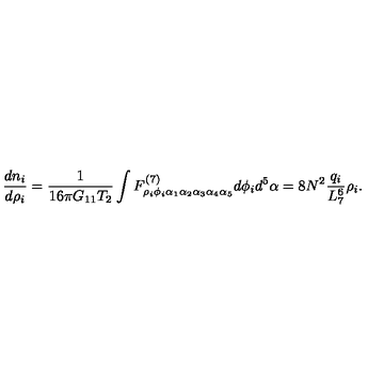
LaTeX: \frac { d n _ { i } } { d \rho _ { i } } = \frac { 1 } { 1 6 \pi G _ { 1 1 } T _ { 2 } } \int F _ { \rho _ { i } \phi _ { i } \alpha _ { 1 } \alpha _ { 2 } \alpha _ { 3 } \alpha _ { 4 } \alpha _ { 5 } } ^ { ( 7 ) } d \phi _ { i } d ^ { 5 } \alpha = 8 N ^ { 2 } \frac { q _ { i } } { L _ { 7 } ^ { 6 } } \rho _ { i } .